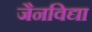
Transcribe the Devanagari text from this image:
जैनविद्या